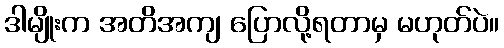
ဒါမျိုးက အတိအကျ ပြောလို့ရတာမှ မဟုတ်ပဲ။